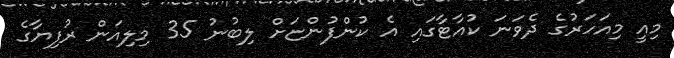
މިއީ މިއަހަރުގެ ދެވަނަ ކުއާޓާގައި އެ ކުންފުންޏަށް ލިބުނު 35 މިލިއަން ރުފިޔާގެ